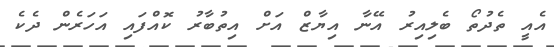
އެއީ ތެދުތޯ ބެލިއިރު އޭނާ އިޔާޒް އަށް އިތުބާރު ކޮއްފައި އަހަރެން ދެކެ